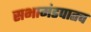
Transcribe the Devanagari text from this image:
सभामंडपातच